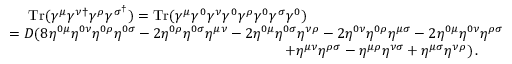
\begin{array} { r l } & { \quad \, \, \mathrm { T r } ( \gamma ^ { \mu } \gamma ^ { \nu \dagger } \gamma ^ { \rho } \gamma ^ { \sigma ^ { \dagger } } ) = \mathrm { T r } ( \gamma ^ { \mu } \gamma ^ { 0 } \gamma ^ { \nu } \gamma ^ { 0 } \gamma ^ { \rho } \gamma ^ { 0 } \gamma ^ { \sigma } \gamma ^ { 0 } ) } \\ & { = D ( 8 \eta ^ { 0 \mu } \eta ^ { 0 \nu } \eta ^ { 0 \rho } \eta ^ { 0 \sigma } - 2 \eta ^ { 0 \rho } \eta ^ { 0 \sigma } \eta ^ { \mu \nu } - 2 \eta ^ { 0 \mu } \eta ^ { 0 \sigma } \eta ^ { \nu \rho } - 2 \eta ^ { 0 \nu } \eta ^ { 0 \rho } \eta ^ { \mu \sigma } - 2 \eta ^ { 0 \mu } \eta ^ { 0 \nu } \eta ^ { \rho \sigma } } \\ & { \quad \quad \quad \quad \quad \quad \quad \quad \quad \quad \quad \quad \quad \quad \quad \quad \quad \quad \quad + \eta ^ { \mu \nu } \eta ^ { \rho \sigma } - \eta ^ { \mu \rho } \eta ^ { \nu \sigma } + \eta ^ { \mu \sigma } \eta ^ { \nu \rho } ) \, . } \end{array}